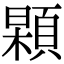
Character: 𩓢